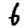
Digit: 6